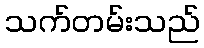
သက်တမ်းသည်